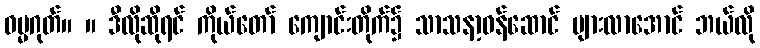
ဓမ္မဂုတ်။ ။ ဒီလိုဆိုရင် ကိုယ်တော် ကျောင်းတိုက်၌ သာသနာ့ဝန်ဆောင် များလာအောင် ဘယ်လို